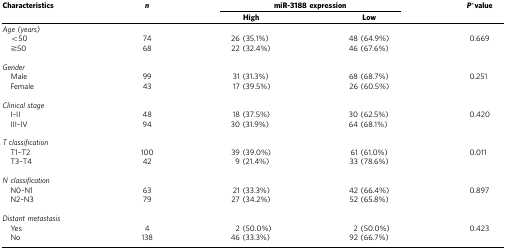
<table><thead><tr><td><b>Characteristics</b></td><td><b><i>n</i></b></td><td colspan="2"><b>miR-3188 expression</b></td><td><b><i>P</i>*value</b></td></tr><tr><td><b> </b></td><td><b> </b></td><td><b>High</b></td><td><b>Low</b></td><td><b> </b></td></tr></thead><tbody><tr><td colspan="5"><i>Age (years)</i></td></tr><tr><td> &lt;50</td><td>74</td><td>26 (35.1%)</td><td>48 (64.9%)</td><td>0.669</td></tr><tr><td> ≧50</td><td>68</td><td>22 (32.4%)</td><td>46 (67.6%)</td><td> </td></tr><tr><td> </td><td> </td><td> </td><td> </td><td> </td></tr><tr><td colspan="5"><i>Gender</i></td></tr><tr><td> Male</td><td>99</td><td>31 (31.3%)</td><td>68 (68.7%)</td><td>0.251</td></tr><tr><td> Female</td><td>43</td><td>17 (39.5%)</td><td>26 (60.5%)</td><td> </td></tr><tr><td> </td><td> </td><td> </td><td> </td><td> </td></tr><tr><td colspan="5"><i>Clinical stage</i></td></tr><tr><td> I–II</td><td>48</td><td>18 (37.5%)</td><td>30 (62.5%)</td><td>0.420</td></tr><tr><td> III–IV</td><td>94</td><td>30 (31.9%)</td><td>64 (68.1%)</td><td> </td></tr><tr><td> </td><td> </td><td> </td><td> </td><td> </td></tr><tr><td colspan="5"><i>T classification</i></td></tr><tr><td> T1–T2</td><td>100</td><td>39 (39.0%)</td><td>61 (61.0%)</td><td>0.011</td></tr><tr><td> T3–T4</td><td>42</td><td>9 (21.4%)</td><td>33 (78.6%)</td><td> </td></tr><tr><td> </td><td> </td><td> </td><td> </td><td> </td></tr><tr><td colspan="5"><i>N classification</i></td></tr><tr><td> N0–N1</td><td>63</td><td>21 (33.3%)</td><td>42 (66.4%)</td><td>0.897</td></tr><tr><td> N2–N3</td><td>79</td><td>27 (34.2%)</td><td>52 (65.8%)</td><td> </td></tr><tr><td> </td><td> </td><td> </td><td> </td><td> </td></tr><tr><td colspan="5"><i>Distant metastasis</i></td></tr><tr><td> Yes</td><td>4</td><td>2 (50.0%)</td><td>2 (50.0%)</td><td>0.423</td></tr><tr><td> No</td><td>138</td><td>46 (33.3%)</td><td>92 (66.7%)</td><td> </td></tr></tbody></table>